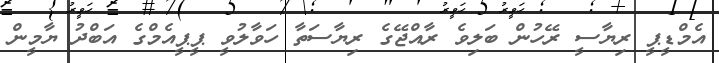
އެމްޑީޕީ ރިޔާސީ ރޭހުން ބަލިވެ ރާއްޖޭގެ ރިޔާސަތާ ހަވާލުވީ ޕީޕީއެމްގެ އަބްދު ޔާމީން